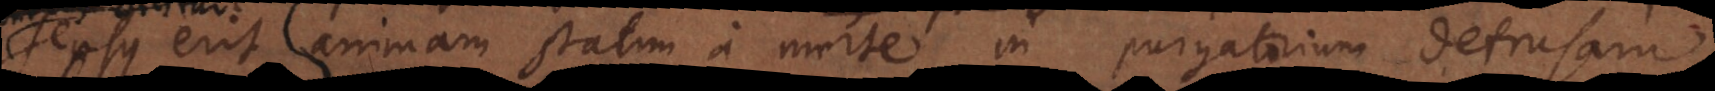
sensus erit animam statim a morte in purgatorium detrusam